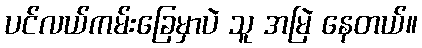
ပင်လယ်ကမ်းခြေမှာပဲ သူ အမြဲ နေတယ်။